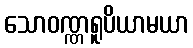
သောဝဏ္ဏရူပိယာမယာ